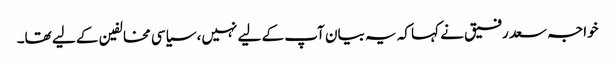
خواجہ سعد رفیق نے کہا کہ یہ بیان آپ کے لیے نہیں، سیاسی مخالفین کے لیے تھا۔